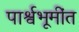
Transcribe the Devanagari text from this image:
पार्श्वभूमींत